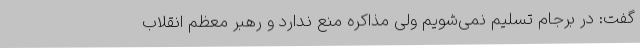
گفت: در برجام تسلیم نمی‌شویم ولی مذاکره منع ندارد و رهبر معظم انقلاب